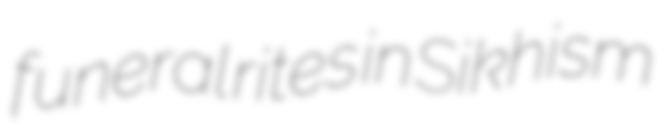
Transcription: funeral rites in Sikhism